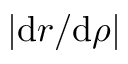
| \mathrm { d } \boldsymbol r / \mathrm { d } \rho |